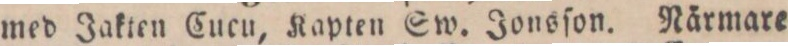
med Jakten Cueu, Kapten Sw. Jonsſon. Nårmare